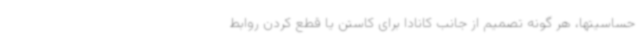
حساسیتها، هر گونه تصمیم از جانب کانادا برای کاستن یا قطع کردن روابط